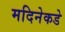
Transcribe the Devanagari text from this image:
मदिनेकडे